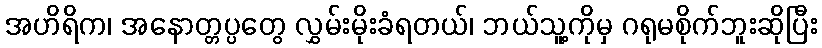
အဟိရိက၊ အနောတ္တပ္ပတွေ လွှမ်းမိုးခံရတယ်၊ ဘယ်သူ့ကိုမှ ဂရုမစိုက်ဘူးဆိုပြီး